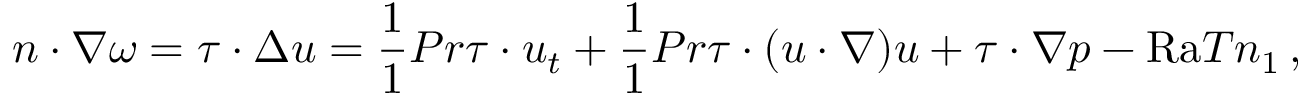
n \cdot \nabla \omega = \tau \cdot \Delta u = \frac { 1 } { 1 } { { P r } } \tau \cdot u _ { t } + \frac { 1 } { 1 } { { P r } } \tau \cdot ( u \cdot \nabla ) u + \tau \cdot \nabla p - \mathrm { { R a } } T n _ { 1 } \, ,